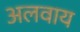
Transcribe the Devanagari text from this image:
अलवाय